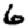
Digit: 6